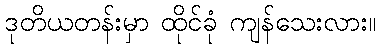
ဒုတိယတန်းမှာ ထိုင်ခုံ ကျန်သေးလား။